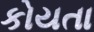
કોયતા